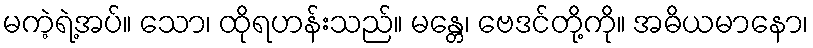
မကဲ့ရဲ့အပ်။ သော၊ ထိုရဟန်းသည်။ မန္တေ၊ ဗေဒင်တို့ကို။ အဓိယမာနော၊